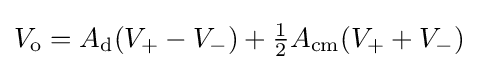
V_{\mathrm {o} }=A_{\mathrm {d} }(V_{+}-V_{-})+{\tfrac {1}{2}}A_{\mathrm {cm} }(V_{+}+V_{-})